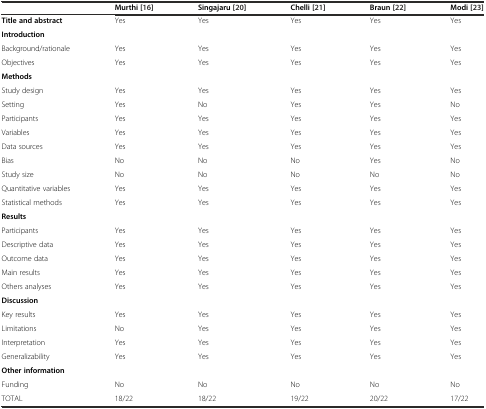
<table><thead><tr><td></td><td><b>Murthi [16]</b></td><td><b>Singajaru [20]</b></td><td><b>Chelli [21]</b></td><td><b>Braun [22]</b></td><td><b>Modi [23]</b></td></tr></thead><tbody><tr><td><b>Title and abstract</b></td><td>Yes</td><td>Yes</td><td>Yes</td><td>Yes</td><td>Yes</td></tr><tr><td colspan="6"><b>Introduction</b></td></tr><tr><td>Background/rationale</td><td>Yes</td><td>Yes</td><td>Yes</td><td>Yes</td><td>Yes</td></tr><tr><td>Objectives</td><td>Yes</td><td>Yes</td><td>Yes</td><td>Yes</td><td>Yes</td></tr><tr><td colspan="6"><b>Methods</b></td></tr><tr><td>Study design</td><td>Yes</td><td>Yes</td><td>Yes</td><td>Yes</td><td>Yes</td></tr><tr><td>Setting</td><td>Yes</td><td>No</td><td>Yes</td><td>Yes</td><td>No</td></tr><tr><td>Participants</td><td>Yes</td><td>Yes</td><td>Yes</td><td>Yes</td><td>Yes</td></tr><tr><td>Variables</td><td>Yes</td><td>Yes</td><td>Yes</td><td>Yes</td><td>Yes</td></tr><tr><td>Data sources</td><td>Yes</td><td>Yes</td><td>Yes</td><td>Yes</td><td>Yes</td></tr><tr><td>Bias</td><td>No</td><td>No</td><td>No</td><td>Yes</td><td>No</td></tr><tr><td>Study size</td><td>No</td><td>No</td><td>No</td><td>No</td><td>No</td></tr><tr><td>Quantitative variables</td><td>Yes</td><td>Yes</td><td>Yes</td><td>Yes</td><td>Yes</td></tr><tr><td>Statistical methods</td><td>Yes</td><td>Yes</td><td>Yes</td><td>Yes</td><td>Yes</td></tr><tr><td colspan="6"><b>Results</b></td></tr><tr><td>Participants</td><td>Yes</td><td>Yes</td><td>Yes</td><td>Yes</td><td>Yes</td></tr><tr><td>Descriptive data</td><td>Yes</td><td>Yes</td><td>Yes</td><td>Yes</td><td>Yes</td></tr><tr><td>Outcome data</td><td>Yes</td><td>Yes</td><td>Yes</td><td>Yes</td><td>Yes</td></tr><tr><td>Main results</td><td>Yes</td><td>Yes</td><td>Yes</td><td>Yes</td><td>Yes</td></tr><tr><td>Others analyses</td><td>Yes</td><td>Yes</td><td>Yes</td><td>Yes</td><td>Yes</td></tr><tr><td colspan="6"><b>Discussion</b></td></tr><tr><td>Key results</td><td>Yes</td><td>Yes</td><td>Yes</td><td>Yes</td><td>Yes</td></tr><tr><td>Limitations</td><td>No</td><td>Yes</td><td>Yes</td><td>Yes</td><td>Yes</td></tr><tr><td>Interpretation</td><td>Yes</td><td>Yes</td><td>Yes</td><td>Yes</td><td>Yes</td></tr><tr><td>Generalizability</td><td>Yes</td><td>Yes</td><td>Yes</td><td>Yes</td><td>Yes</td></tr><tr><td colspan="6"><b>Other information</b></td></tr><tr><td>Funding</td><td>No</td><td>No</td><td>No</td><td>No</td><td>No</td></tr><tr><td>TOTAL</td><td>18/22</td><td>18/22</td><td>19/22</td><td>20/22</td><td>17/22</td></tr></tbody></table>